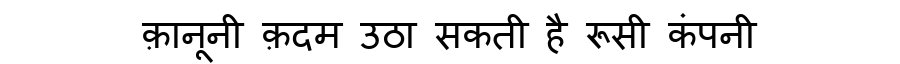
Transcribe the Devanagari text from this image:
क़ानूनी क़दम उठा सकती है रूसी कंपनी